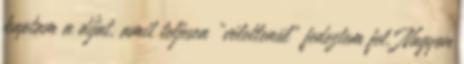
kaptam a díjat, amit teljesen „véletlenül” fedeztem fel. Nagyon